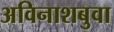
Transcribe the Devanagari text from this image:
अविनाशबुवा